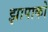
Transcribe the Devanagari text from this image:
झापाको